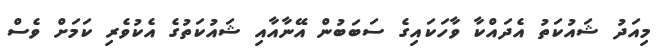
މިއަދު ޝައުކަތު އެދައްކާ ވާހަކައިގެ ސަބަބުން އޭނާއާއި ޝައުކަތުގެ އެކުވެރި ކަމަށް ވެސް